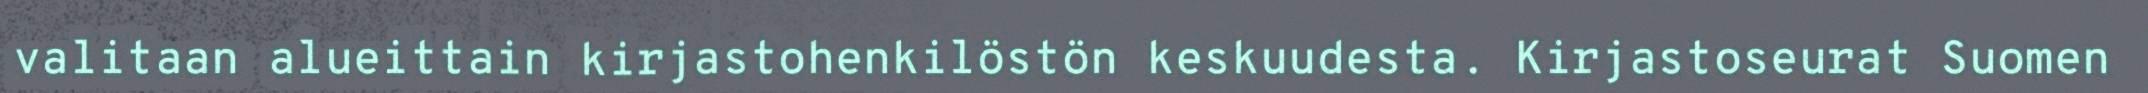
valitaan alueittain kirjastohenkilöstön keskuudesta. Kirjastoseurat Suomen